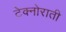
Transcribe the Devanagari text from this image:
टेक्नोराती